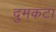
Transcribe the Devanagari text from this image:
दुमकटा